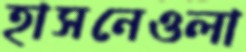
হাসনেওলা